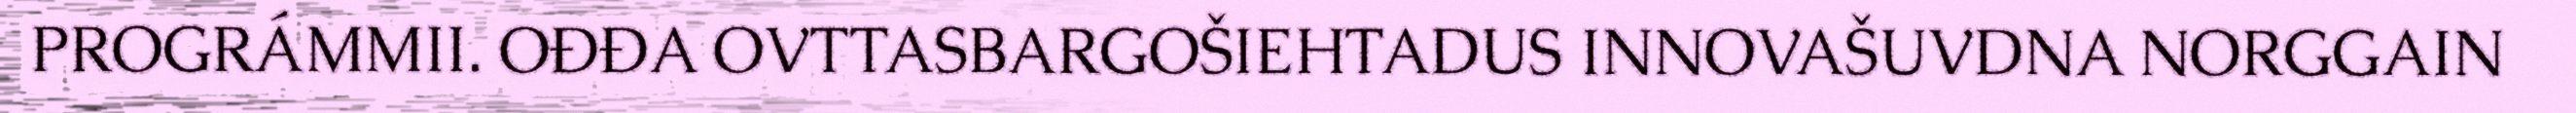
PROGRÁMMII. OĐĐA OVTTASBARGOŠIEHTADUS INNOVAŠUVDNA NORGGAIN